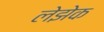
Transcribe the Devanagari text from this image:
लेझेक